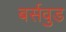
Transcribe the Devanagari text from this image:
बर्सवुड